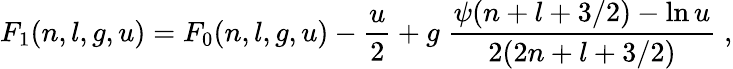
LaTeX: F_{1}(n,l,g,u)=F_{0}(n,l,g,u)-\frac{u}{2}+g\; \frac{\psi(n+l+3/2)-\ln u}{2(2n+l+3/2)}\; ,